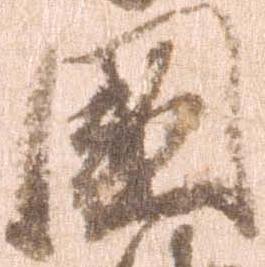
国